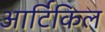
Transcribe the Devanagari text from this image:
आर्टिकिल